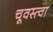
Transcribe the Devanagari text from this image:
चूवस्त्वा